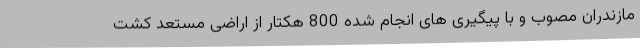
مازندران مصوب و با پیگیری های انجام شده 800 هکتار از اراضی مستعد کشت